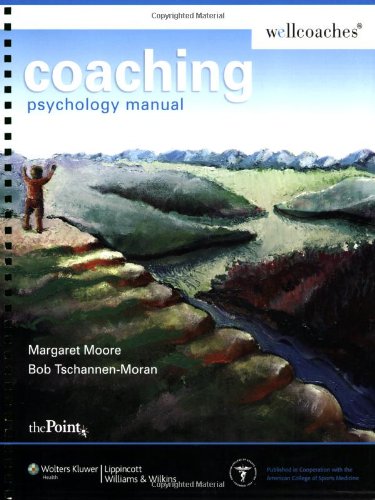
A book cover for Coaching Psychology Manual (Point (Lippincott Williams & Wilkins)); Margaret Moore; Medical Books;